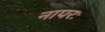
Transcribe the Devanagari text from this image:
नापरः